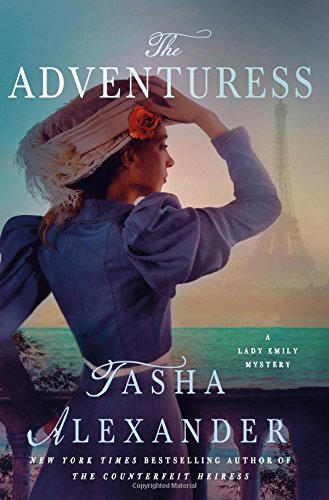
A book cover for The Adventuress: A Lady Emily Mystery (Lady Emily Mysteries); Tasha Alexander; Mystery, Thriller & Suspense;